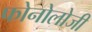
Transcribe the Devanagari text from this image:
फोनोलोजी